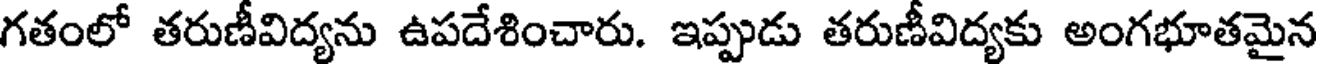
గతంలో తరుణీవిద్యను ఉపదేశించారు. ఇప్పుడు తరుణీవిద్యకు అంగభూతమైన